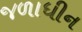
જળાધીન